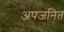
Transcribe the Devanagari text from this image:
अपजनित